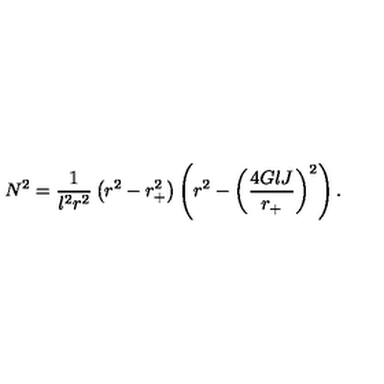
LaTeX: N ^ { 2 } = \frac { 1 } { l ^ { 2 } r ^ { 2 } } \left( r ^ { 2 } - r _ { + } ^ { 2 } \right) \left( r ^ { 2 } - \left( \frac { 4 G l J } { r _ { + } } \right) ^ { 2 } \right) .